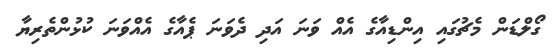
ގޯލްޑަން މެޗުގައި އިންޑިއާގެ އެއް ވަނަ އަދި ދެވަނަ ޕެއާގެ އެއްވަނަ ކުޅުންތެރިޔާ